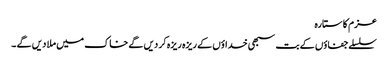
عزم کا ستارہ
سلسلے جفاؤں کے بت سبھی خداؤں کے ریزہ ریزہ کر دیں گے خاک میں ملا دیں گے ۔